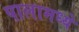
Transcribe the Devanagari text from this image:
पालामध्ये